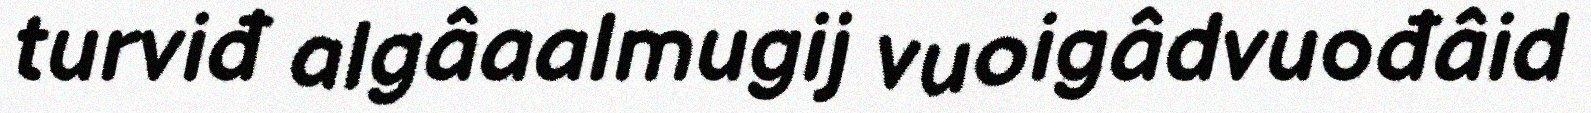
turviđ algâaalmugij vuoigâdvuođâid